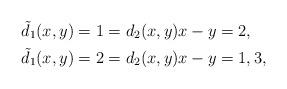
LaTeX: \begin{align*}\tilde d_1 (x,y) = 1 = d_2(x,y) & x-y=2, \\\tilde d_1 (x,y) = 2 = d_2(x,y) & x-y=1,3, \end{align*}